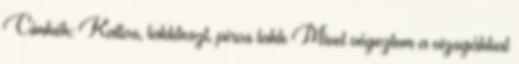
Címkék: Kallos, lakkteszt, piros lakk Mivel végeztem a vizsgákkal